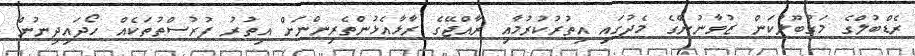
ރެޑްބުލްގެ މަގުބޫލުކަން ޒުވާނުންގެ މެދުގައި އިތުރުކުރުމާއި ރާއްޖޭގެ ރާޅާއެޅުންތެރިންނަށް އިތުރު ފުރުސްތުތަކެއް ހޯދައިދިނުން